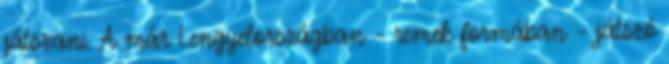
játszani. A már Lengyelországban – remek formában – játszó